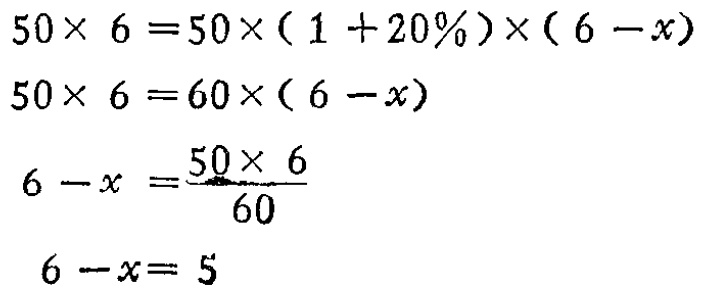
\[
\begin{align*}
50\times 6&=50\times(1 + 20\%)\times(6 - x)\\
50\times 6&=60\times(6 - x)\\
6 - x&=\frac{50\times 6}{60}\\
6 - x&= 5
\end{align*}
\]